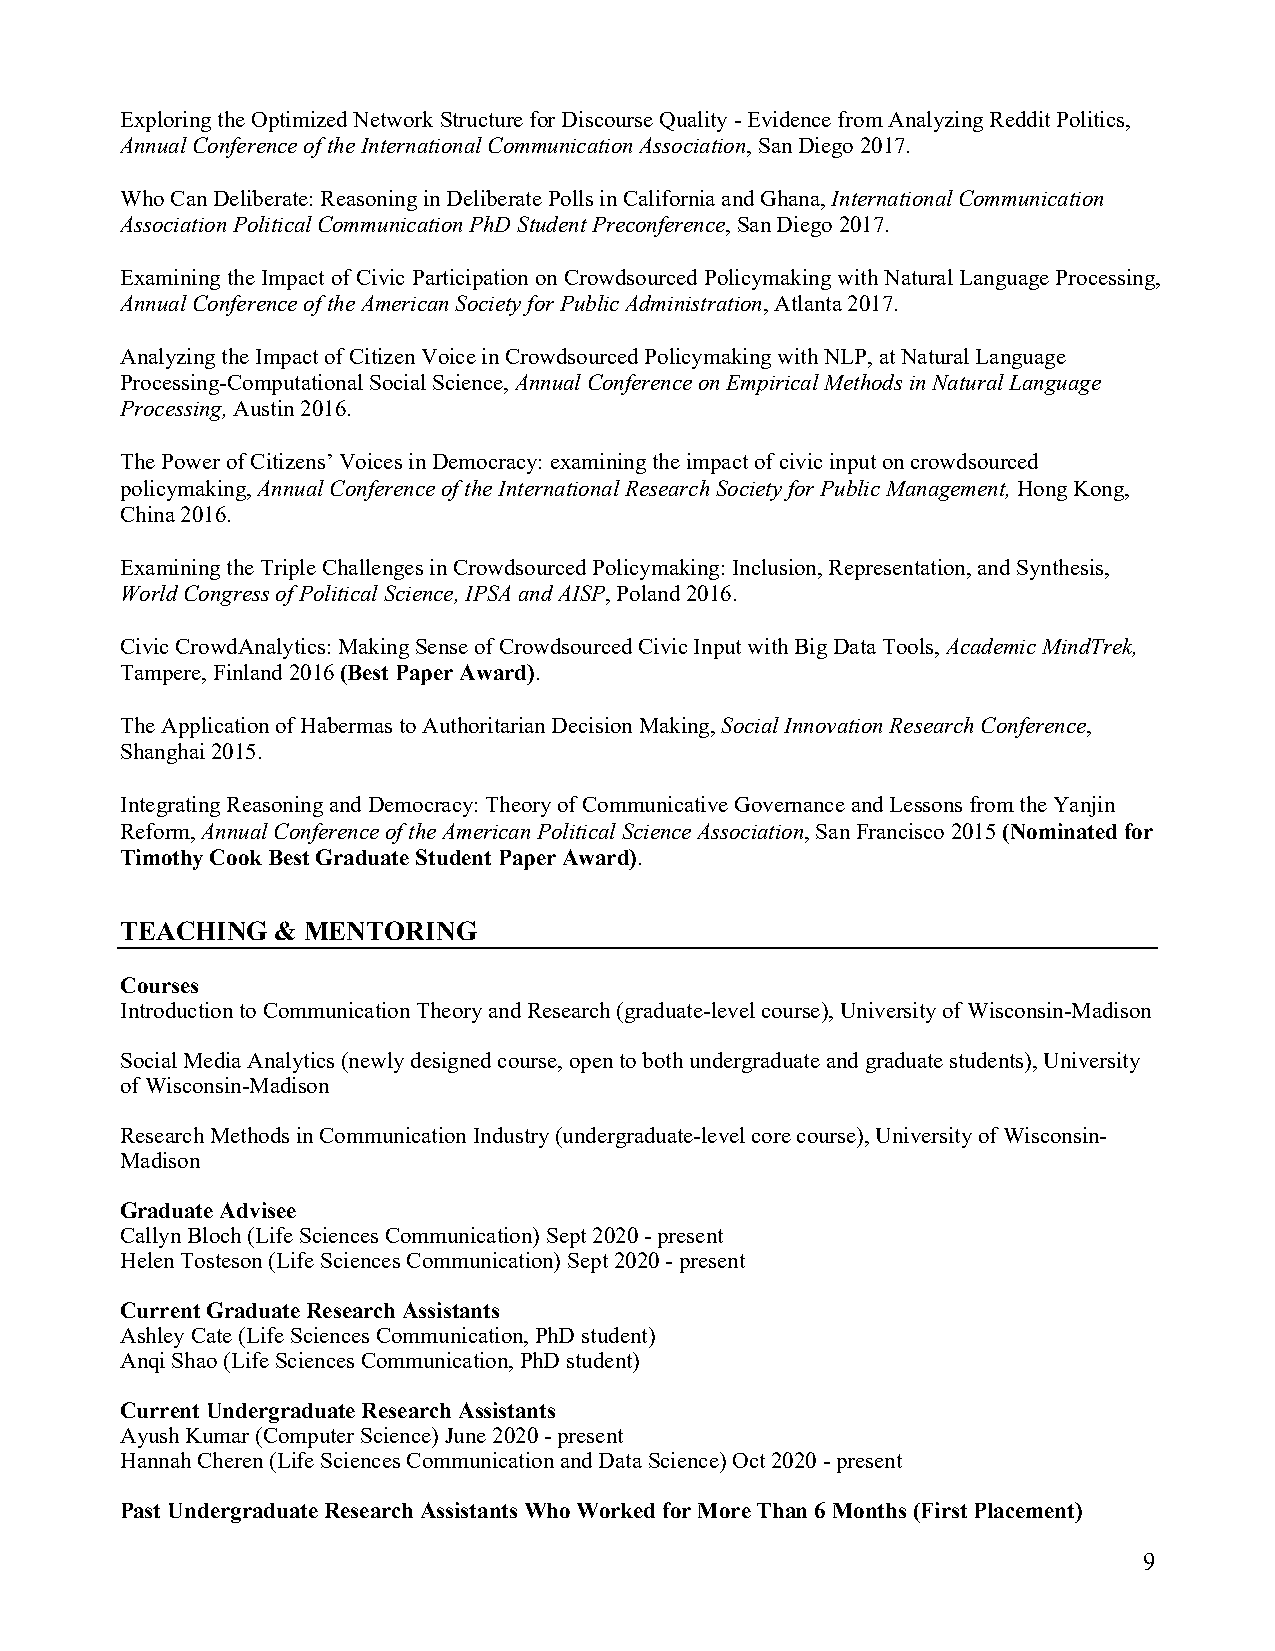
Exploring the Optimized Network Structure for Discourse Quality - Evidence from Analyzing Reddit Politics,
 Annual Conference of the International Communication Association, San Diego 2017.
 Who Can Deliberate: Reasoning in Deliberate Polls in California and Ghana, International Communication
 Association Political Communication PhD Student Preconference, San Diego 2017.
 Examining the Impact of Civic Participation on Crowdsourced Policymaking with Natural Language Processing,
 Annual Conference of the American Society for Public Administration, Atlanta 2017.
 Analyzing the Impact of Citizen Voice in Crowdsourced Policymaking with NLP, at Natural Language
 Processing-Computational Social Science, Annual Conference on Empirical Methods in Natural Language
 Processing, Austin 2016.
 The Power of Citizens’ Voices in Democracy: examining the impact of civic input on crowdsourced
 policymaking, Annual Conference of the International Research Society for Public Management, Hong Kong,
 China 2016.
 Examining the Triple Challenges in Crowdsourced Policymaking: Inclusion, Representation, and Synthesis,
 World Congress of Political Science, IPSA and AISP, Poland 2016.
 Civic CrowdAnalytics: Making Sense of Crowdsourced Civic Input with Big Data Tools, Academic MindTrek,
 Tampere, Finland 2016 (Best Paper Award).
 The Application of Habermas to Authoritarian Decision Making, Social Innovation Research Conference,
 Shanghai 2015.
 Integrating Reasoning and Democracy: Theory of Communicative Governance and Lessons from the Yanjin
 Reform, Annual Conference of the American Political Science Association, San Francisco 2015 (Nominated for
 Timothy Cook Best Graduate Student Paper Award).
 TEACHING  & MENTORING
 Courses
 Introduction to Communication Theory and Research (graduate-level course), University of Wisconsin-Madison
 Social Media Analytics (newly designed course, open to both undergraduate and graduate students), University
 of Wisconsin-Madison
 Research Methods in Communication Industry (undergraduate-level core course), University of Wisconsin-
 Madison
 Graduate Advisee
 Callyn Bloch (Life Sciences Communication) Sept 2020 - present
 Helen Tosteson (Life Sciences Communication) Sept 2020 - present
 Current Graduate Research Assistants
 Ashley Cate (Life Sciences Communication, PhD student)
 Anqi Shao (Life Sciences Communication, PhD student)
 Current Undergraduate Research Assistants
 Ayush Kumar (Computer Science) June 2020 - present
 Hannah Cheren (Life Sciences Communication and Data Science) Oct 2020 - present
 Past Undergraduate Research Assistants Who Worked for More Than 6 Months (First Placement)
 9